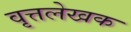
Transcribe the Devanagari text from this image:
वृत्तलेखक